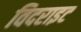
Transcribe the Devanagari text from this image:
विदराइट